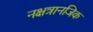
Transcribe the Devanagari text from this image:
नक्षत्रानजिक